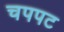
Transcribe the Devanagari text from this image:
चपपट